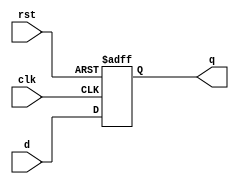
module d_ff(d,clk,q,rst);
    input d,clk,rst;
    output reg q;
    
  always@(posedge clk or posedge rst)//asynchronous reset
    begin
        if (rst)
        	q = 0;
        else
        q=d;
    end
    
endmodule